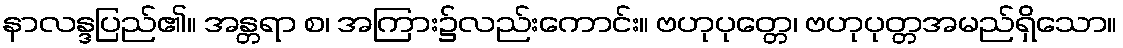
နာလန္ဒပြည်၏။ အန္တရာ စ၊ အကြား၌လည်းကောင်း။ ဗဟုပုတ္တေ၊ ဗဟုပုတ္တအမည်ရှိသော။